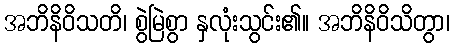
အဘိနိဝိသတိ၊ စွဲမြဲစွာ နှလုံးသွင်း၏။ အဘိနိဝိသိတွာ၊